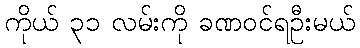
ကိုယ် ၃၁ လမ်းကို ခဏဝင်ရဦးမယ်